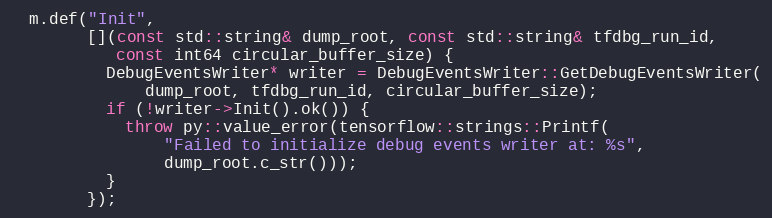
Language: C++
  m.def("Init",
        [](const std::string& dump_root, const std::string& tfdbg_run_id,
           const int64 circular_buffer_size) {
          DebugEventsWriter* writer = DebugEventsWriter::GetDebugEventsWriter(
              dump_root, tfdbg_run_id, circular_buffer_size);
          if (!writer->Init().ok()) {
            throw py::value_error(tensorflow::strings::Printf(
                "Failed to initialize debug events writer at: %s",
                dump_root.c_str()));
          }
        });